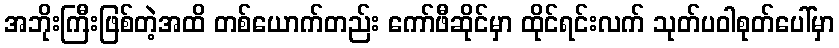
အဘိုးကြီးဖြစ်တဲ့အထိ တစ်ယောက်တည်း ကော်ဖီဆိုင်မှာ ထိုင်ရင်းလက် သုတ်ပဝါစုတ်ပေါ်မှာ